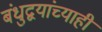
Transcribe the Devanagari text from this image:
बंधुद्वयांच्याही